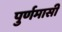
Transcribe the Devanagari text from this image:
पुर्णमासी